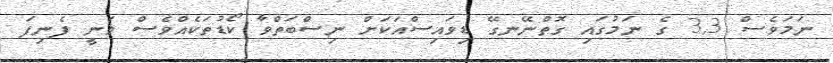
ނަމަވެސް 3